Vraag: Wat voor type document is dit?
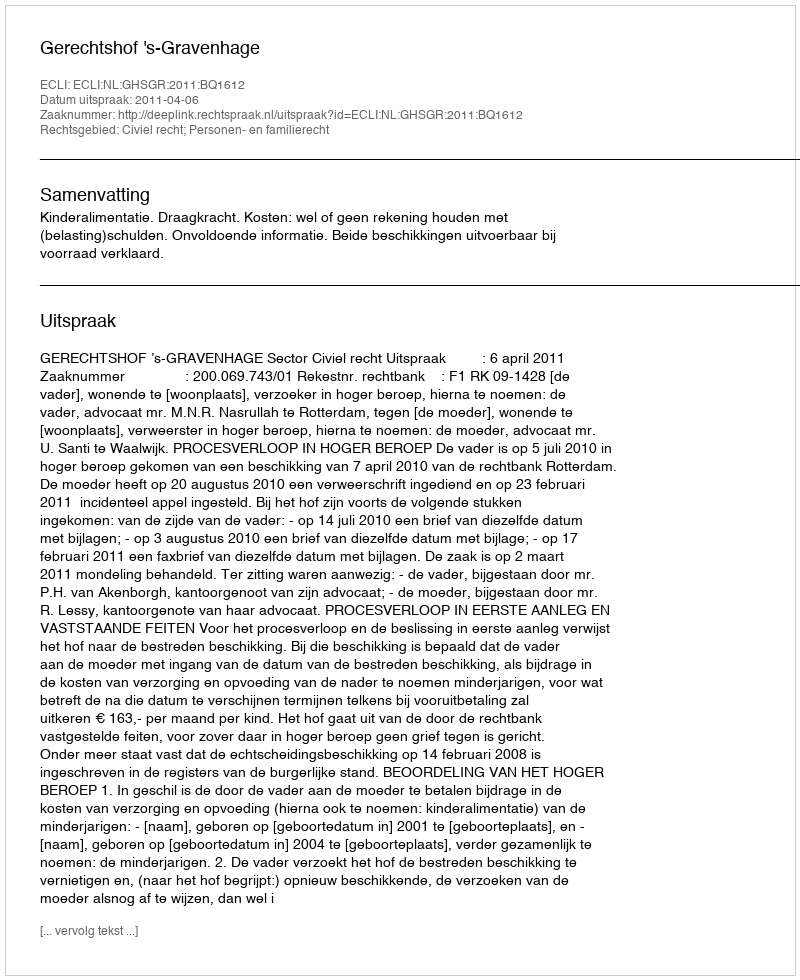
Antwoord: Uitspraak